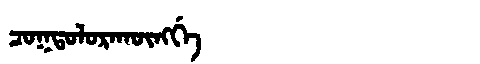
Manchu: ᠴᠣᡴᡨᠣᠯᠣᡵᠠᡴᡡᠩᡤᡝ
Romanization: COKTOLORAKŪNGGE